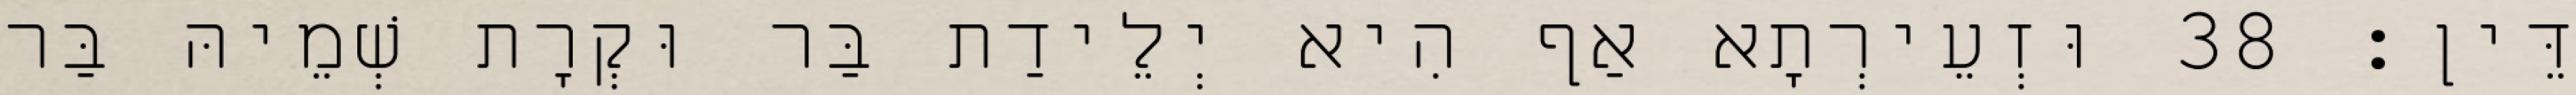
דֵּין׃ 38 וּזְעֵירְתָא אַף הִיא יְלֵידַת בַּר וּקְרָת שְׁמֵיהּ בַּר